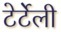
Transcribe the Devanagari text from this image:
टेर्टेली